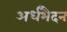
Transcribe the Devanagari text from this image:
अर्धभैदन